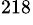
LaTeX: ^{218}